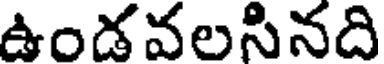
ఉండవలసినది